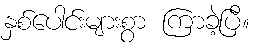
နှစ်ပေါင်းများစွာ ကြာခဲ့ပြီ။